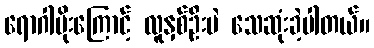
ရောဂါပိုးကြောင့် လူနှစ်ဦးပဲ သေဆုံးခဲ့ပါတယ်။